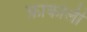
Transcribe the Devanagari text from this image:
फ्रांकोली